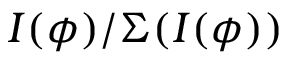
I ( \phi ) / \Sigma ( I ( \phi ) )